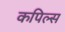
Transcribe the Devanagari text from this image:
कपिल्स